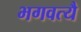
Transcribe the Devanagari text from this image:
भगवत्यै